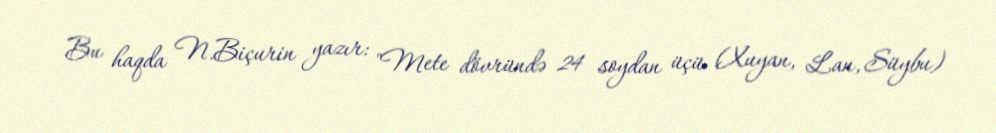
Bu haqda N.Biçurin yazır: "Mete dövründə 24 soydan üçü (Xuyan, Lan, Süybu)